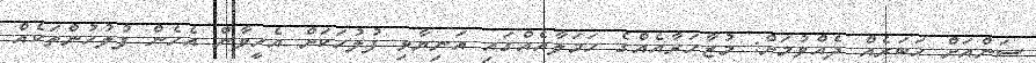
ސަންއަށް ޚަބަރެއް ދެއްވުމަށް: މުޒާހަރާއެއްގެ ހަމަލާއެއްގައި އަނިޔާވި ފުލުހަކަށް އެހީވާން އެހެން ފުލުހުންތަކެއް